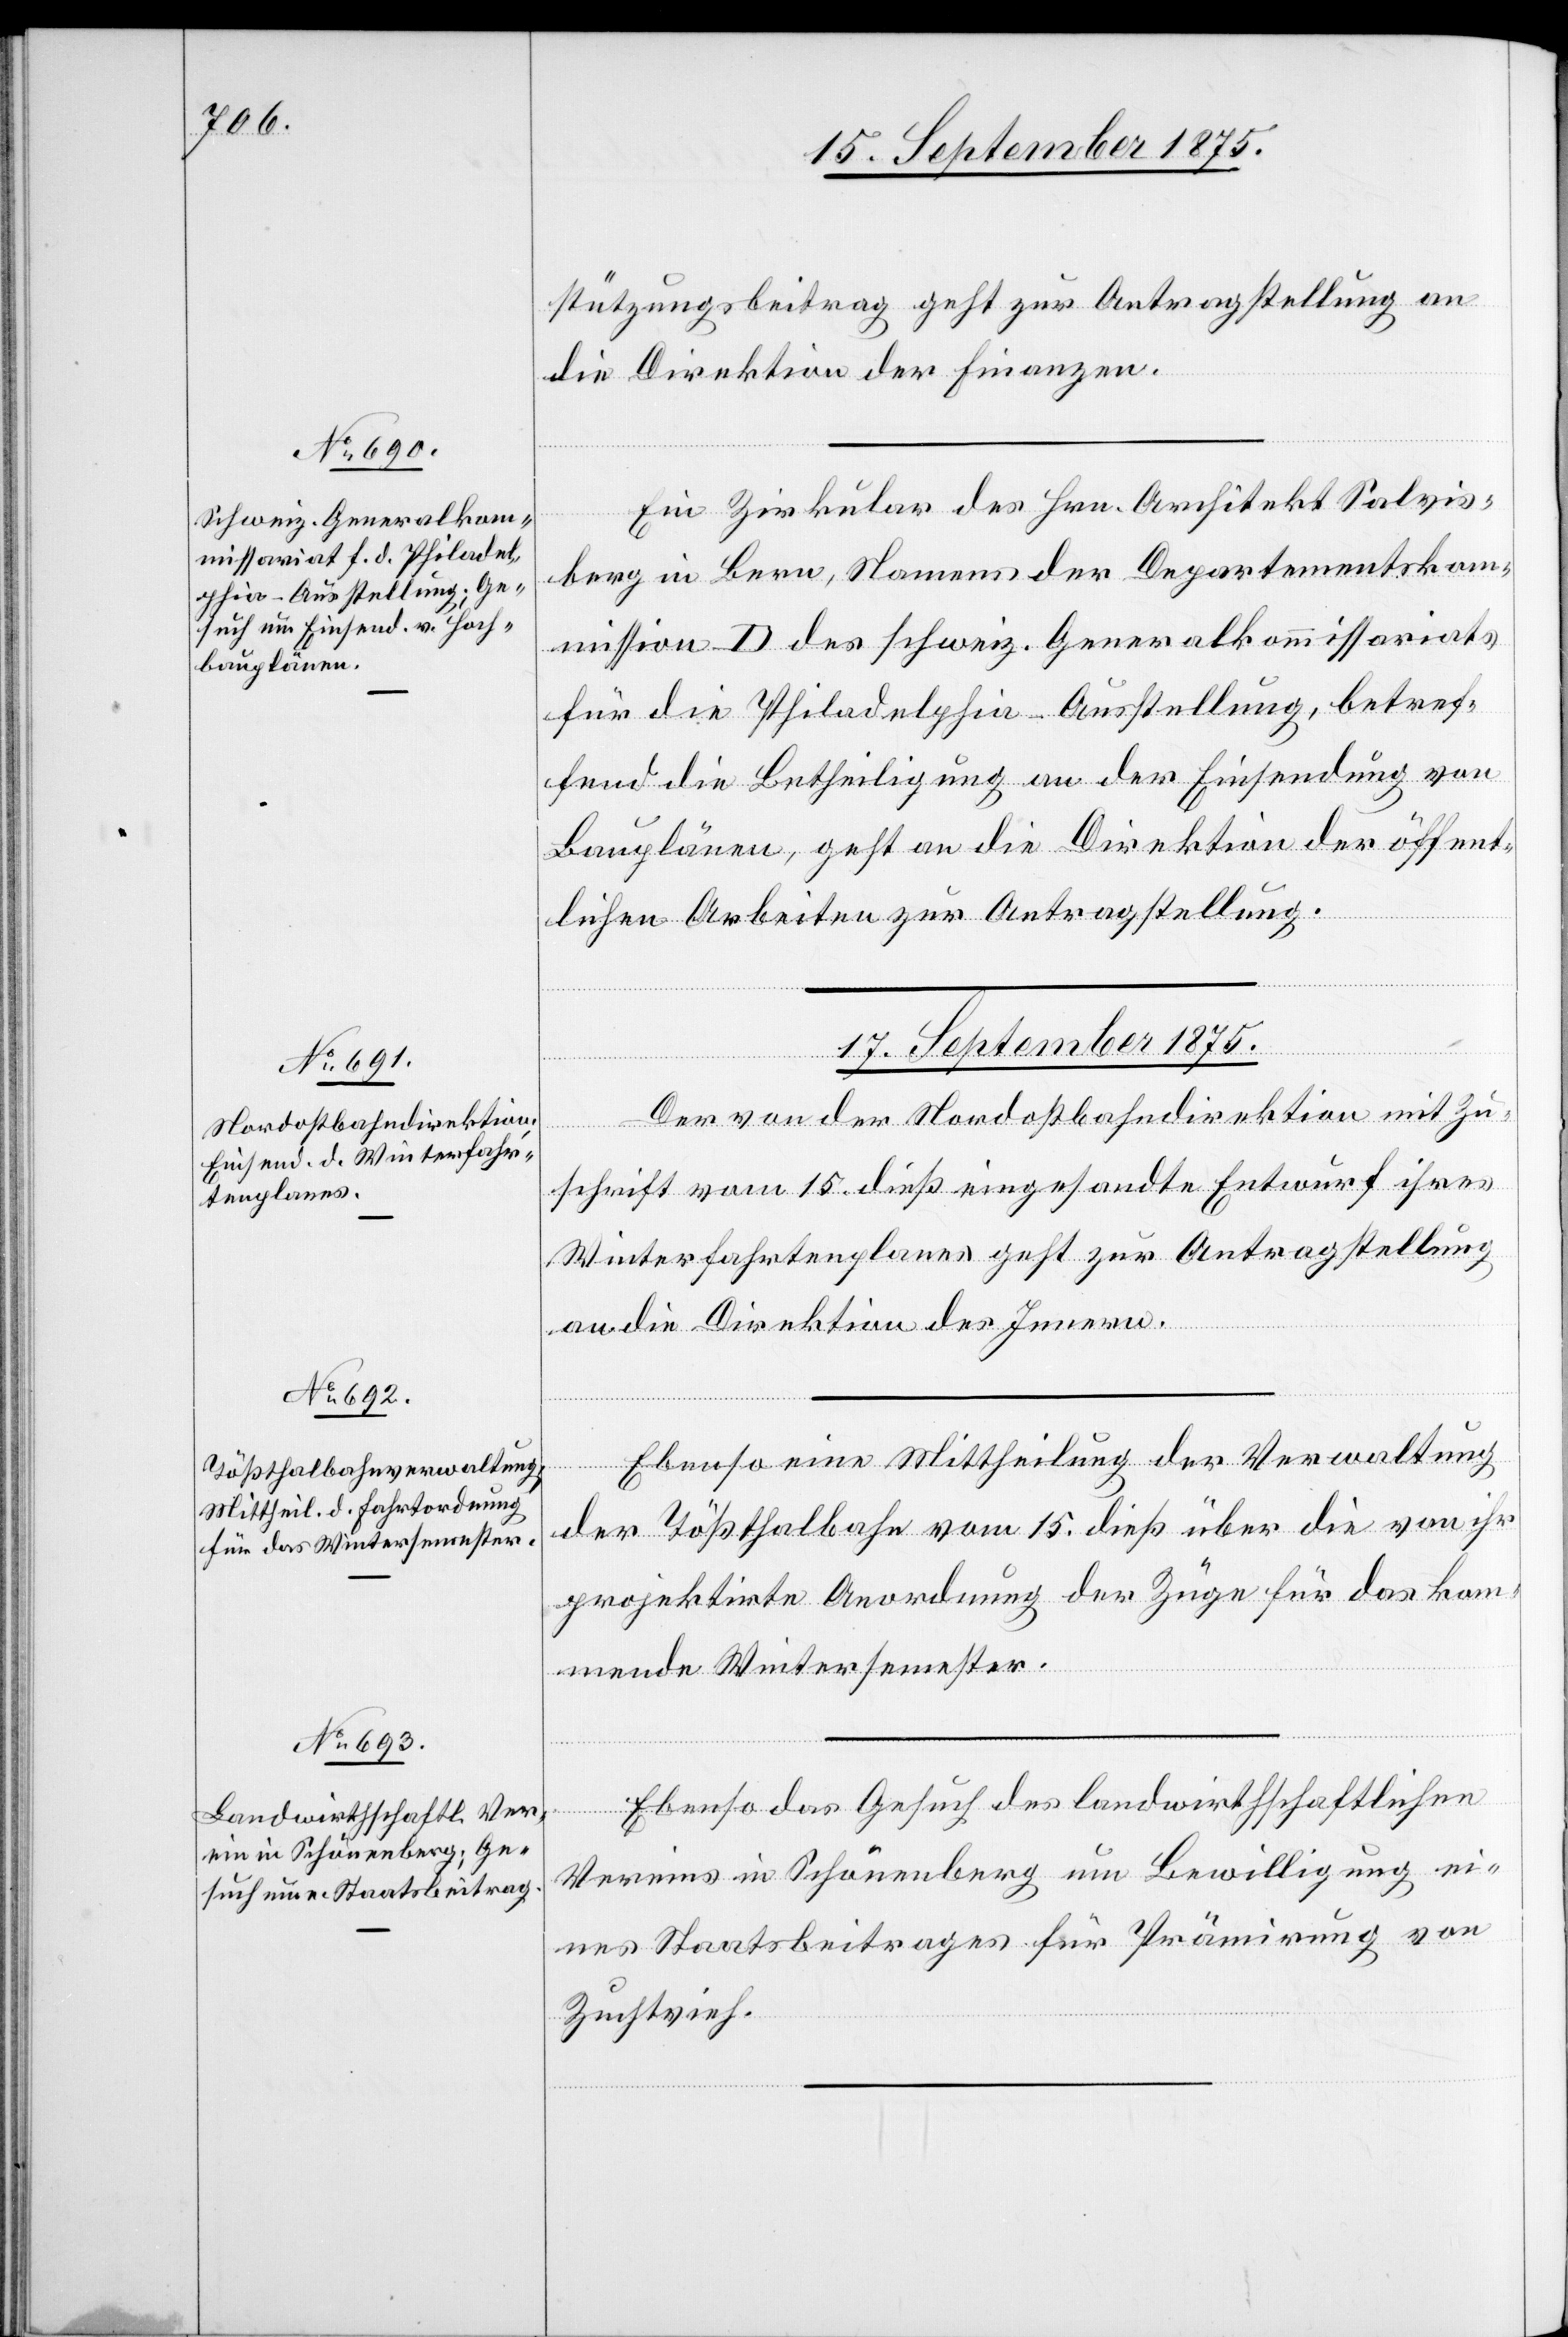
16. September 1875.]
stützungsbeitrag geht zur Antragstellung an
die Direktion der Finanzen.
Ein Zirkular des Hrn. Architekt Salvis¬
berg in Bern, Namens der Departementkom¬
mission D des schweiz. Generalkommissariats
für die Philadelphia-Ausstellung, betref¬
fend die Betheiligung an der Einsendung von
Bauplänen, geht an die Direktion der öffent¬
lichen Arbeiten zur Antragstellung.
17. September 1875.]
Der von der Nordostbahndirektion mit Zu¬
tsetzung
schrift vom 15. dieß eingesandte Entwurf ihres
Winterfahrtenplanes geht zur Antragstellung
an die Direktion des Innern.
[For¬
der Tößthalbahn vom 15. dieß über die von ihr
projektirte Anordnung der Züge für das kom¬
mende Wintersemester.
Ebenso das Gesuch des landwirthschaftlichen
Vereins in Schönenberg um Bewilligung ei¬
nes Staatsbeitrages für Prämirung von
Zuchtvieh.